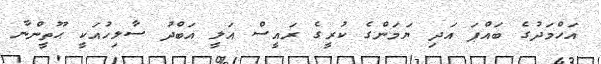
އަހްމަދުގެ ބައްޕަ އަދި ޔަމަންގެ ކުރީގެ ރައީސް އަލީ އަބްދު ސާލިހުއަކީ ޙޫތީންނާ